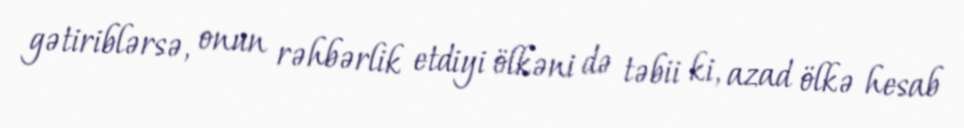
gətiriblərsə, onun rəhbərlik etdiyi ölkəni də təbii ki, azad ölkə hesab